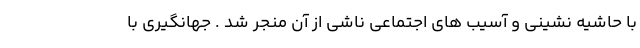
با حاشیه نشینی و آسیب های اجتماعی ناشی از آن منجر شد . جهانگیری با